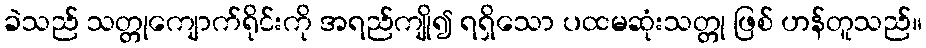
ခဲသည် သတ္တုကျောက်ရိုင်းကို အရည်ကျို၍ ရရှိသော ပထမဆုံးသတ္တု ဖြစ် ဟန်တူသည်။